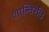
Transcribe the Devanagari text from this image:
शान्तिरेधि